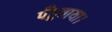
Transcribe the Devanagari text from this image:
पँहुचाया।